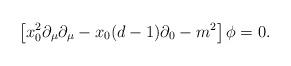
LaTeX: \begin{align*} \left[ x_0^2 \partial_\mu \partial_\mu - x_0(d-1)\partial_0 -m^2 \right] \phi=0.\end{align*}